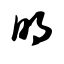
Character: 明